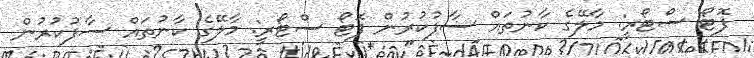
ފޮޓޯ ސްޓޯރީ: މާލޭގެ ކާނުތައް ސާފުކުރުން ފޮޓޯ ސްޓޯރީ: މާލޭގެ ކާނުތައް ސާފުކުރުން